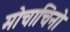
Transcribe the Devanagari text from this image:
मोचाचिनो